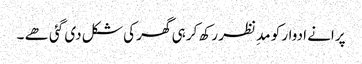
پرانے ادوار کو مدِ نظر رکھ کر ہی گھر کی شکل دی گئی ھے ۔